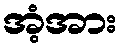
အံ့အား